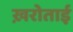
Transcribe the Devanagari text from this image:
ख़रोताई